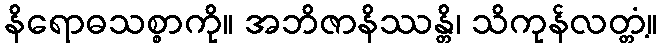
နိရောဓသစ္စာကို။ အဘိဇာနိဿန္တိ၊ သိကုန်လတ္တံ့။